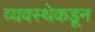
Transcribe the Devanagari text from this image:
व्यवस्थेकडून